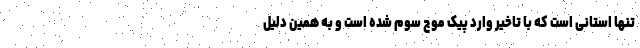
تنها استانی است که با تاخیر وارد پیک موج سوم شده است و به همین دلیل